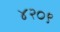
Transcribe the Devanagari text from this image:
४२०९